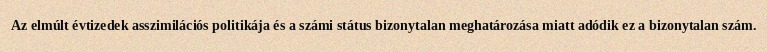
Az elmúlt évtizedek asszimilációs politikája és a számi státus bizonytalan meghatározása miatt adódik ez a bizonytalan szám.